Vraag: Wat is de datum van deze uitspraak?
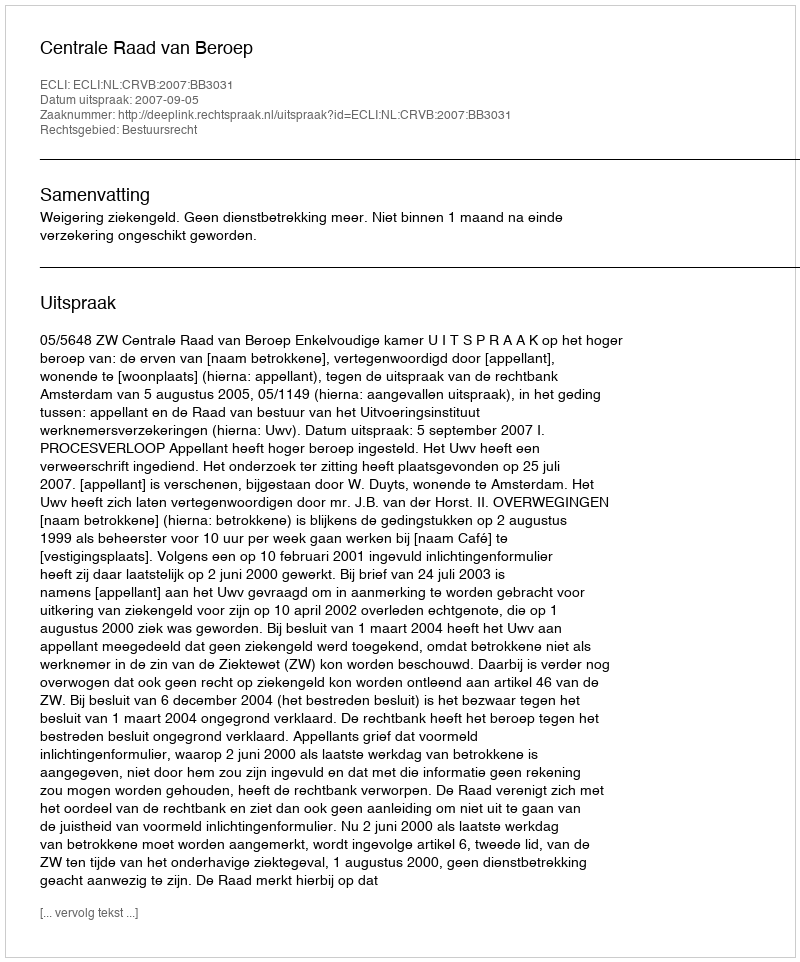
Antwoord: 2007-09-05